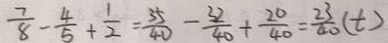
\frac { 7 } { 8 } - \frac { 4 } { 5 } + \frac { 1 } { 2 } = \frac { 3 5 } { 4 0 } - \frac { 3 2 } { 4 0 } + \frac { 2 0 } { 4 0 } = \frac { 2 3 } { 4 0 } ( t )